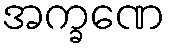
အက္ခဏေ